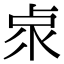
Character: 𠧹